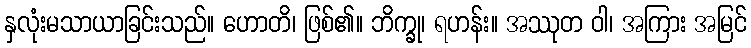
နှလုံးမသာယာခြင်းသည်။ ဟောတိ၊ ဖြစ်၏။ ဘိက္ခု၊ ရဟန်း။ အဿုတ ဝါ၊ အကြား အမြင်